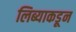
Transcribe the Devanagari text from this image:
लिब्याकडून